Report on sanitation, dispensaries, and jails in Rajputana for 1916, and on vaccination for the year 1916-1917 - 1916-1917
Year: 1916
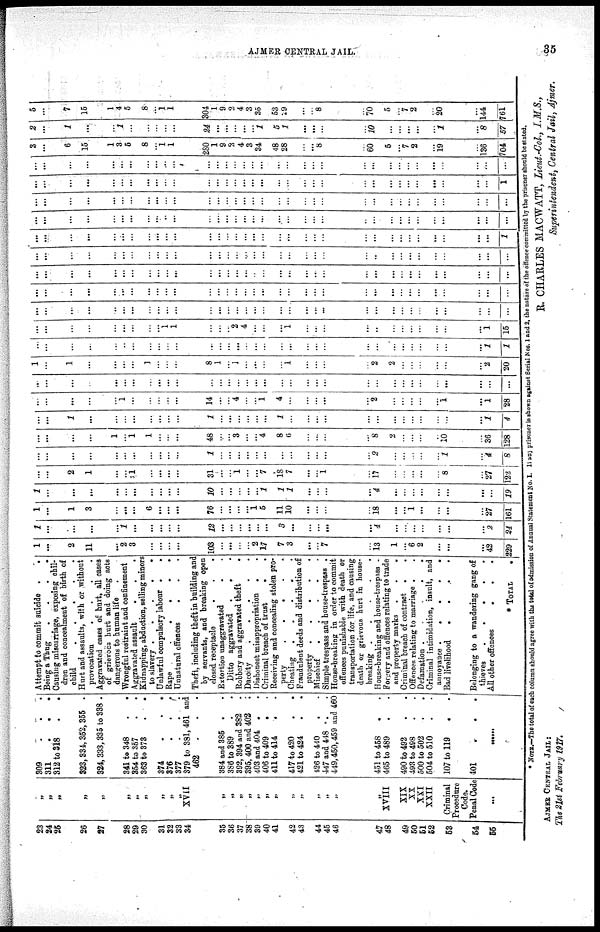
AJMER CENTRAL JAIL.
35
23
24
25
26
27
28
29
30
31
32
33
34
35
36
37
38
39
40
41
42
43
44
45
46
47
48
49
50
51
52
53
54
55
„
„
„
„
„
„
„
„
„
„
„
XVII
„
„
„
„
„ „
„
„
„
„
„
„
„
XVIII
XIX
XX
XXI
XXII
Criminal
Procedure
Code.
Penal Code
...
309
.
.
.
311
.
.
.
312 to 318
.
.
323, 334, 352, 355 .
324, 333, 335 to 338 .
341 to 348 . .
354 to 357 . .
363 to 373 . .
374
.
.
.
376
.
.
.
377
.
.
.
379 to 381, 461 and
462
.
.
.
384 and 385 . .
386 to 389 . .
392, 394 and 382 .
395, 400 and 402
..
403 and 404 . .
406 to 409 . .
411 to 414 . .
417 to 420 . .
421 to 424
426 to 440 . .
447 and 448 . .
449, 450, 459 and 460
451 to 458 . .
465 to 489 . .
490 to 492 . .
493 to 498 . .
500 to 502 . .
504 to 510 . .
107 to 119 . .
401
.
.
.
......
Attempt to commit suicide .
.
Being a Thug
.
.
.
.
Causing miscarriage, exposing chil-
dren and concealment of birth of
child
Hurt and assaults, with or without
provocation
.
.
.
.
Aggravated cases of hurt, all cases
of grievoes hurt and doing acts
dangerous to human life
.
Wrongful restraint and confinement
Aggravated assault
.
. .
Kidnapping, abduction, selling minors
to slavery
.
. . . .
Unlawful compulsory labour .
.
Rape . . .
.
.
Unnatural offences
.
.
.
Theft, including theft in building and
by servants, and breaking open
closed, receptacle . . .
Extortion unaggravated . .
Ditto aggravated
.
.
Robbery and aggravated theft
.
Dacoity
Dishonest misappropriation
. .
Criminal breach of trust . .
Receiving and concealing stolen pro-
perty . . . . .
Cheating
.
.
.
.
Fraudulent deeds and distribution of
property
Mischief
.
.
.
.
.
Simple trespass and house-trespass .
House-breaking in order to commit
offences punishable with death or
transportation for life, and causing
death or grievous hurt in house-
breaking .
.
.
.
.
House-breaking and house-trespass .
Forgery and offences relating to trade
and property marks . . .
Criminal breach of contract . .
Offences relating to marriage . .
Defamation .
.
.
. .
Criminal intimidation, insult, and
annoyance
Bad livelihood
.
.
.
.
Belonging to a wandering gang of
thieves
All other offences
.
.
.
TOTAL
.
1
...
2
11
...
2
3
...
...
...
...
103
...
...
...
...
2
17
7
3
...
...
7
...
13
1
...
6
2
...
...
...
42
229
1
...
...
...
...
1
...
...
...
...
...
12
...
...
...
...
...
...
3
...
...
...
...
...
4
...
...
...
...
...
...
...
2
24
l
...
1
3
...
...
...
6
...
...
...
76
...
...
...
...
1 5
11
10
...
...
...
...
18
...
...
1
...
...
...
...
27
161
1
...
...
...
...
...
...
...
...
...
...
10
...
...
...
...
... 1
1
1
...
...
...
...
4
...
...
...
...
...
...
...
...
19
...
...
2
1
...
...
1
...
...
...
...
31
...
...
1
...
... 7
18
7
...
...
1
...
17
...
...
...
...
...
8
...
27
122
...
...
...
...
...
...
...
...
...
...
...
1
...
...
...
...
...
...
...
...
...
...
...
...
2
...
...
...
...
...
1
...
4
8
...
...
...
...
1
...
1
1
...
...
...
48
...
...
3
...
... 4
8
8
...
...
...
...
8
2
...
...
...
...
10
...
36
128
...
...
1
...
...
...
...
...
...
...
...
1
...
...
...
...
...
...
1
1
...
...
...
...
...
...
...
...
...
...
...
...
1
4
...
...
...
...
...
1
...
...
...
...
...
14
...
...
4
...
... 1
4
4
...
...
...
...
2
...
...
...
...
...
1
...
1
28
...
...
...
...
...
...
...
...
...
...
...
...
...
...
...
...
...
...
...
...
...
...
...
...
...
...
...
...
...
...
...
...
...
...
1
...
1
...
...
...
...
1
...
...
...
8
1
...
1
...
...
...
1
1
...
...
...
...
2
2
...
...
...
...
...
...
2
20
...
...
...
...
...
...
...
...
...
...
...
...
...
...
...
...
...
...
...
...
...
...
...
...
...
...
...
...
...
...
...
...
1
1
...
...
...
...
...
...
...
...
...
1
1
...
...
...
2
4
...
...
1
1
...
...
...
...
...
...
...
...
...
...
...
...
1
15
...
...
...
...
...
...
...
...
...
...
...
...
...
...
...
...
...
...
...
...
...
...
...
...
...
...
...
...
...
...
...
...
...
...
...
...
...
...
...
...
...
...
...
...
...
...
...
...
...
...
...
...
...
...
...
...
...
...
...
...
...
...
...
...
...
...
...
...
...
...
...
...
...
...
...
...
...
...
...
...
...
...
...
...
...
...
...
...
...
...
...
...
...
...
...
...
...
...
...
...
...
...
...
...
...
...
...
...
...
...
...
...
...
...
...
...
...
...
...
...
...
...
...
...
...
...
...
...
...
...
...
...
...
...
...
...
...
...
...
...
...
...
...
...
...
...
...
...
...
...
...
...
...
...
...
...
...
...
...
...
...
...
...
...
...
...
...
...
...
...
...
...
...
...
...
...
...
...
...
...
...
...
...
...
...
...
...
...
...
...
...
...
...
...
...
...
...
...
...
...
...
...
...
...
...
...
...
...
...
...
...
...
...
...
...
...
...
...
...
...
...
...
...
...
...
...
...
...
...
...
...
...
...
...
...
...
...
...
...
...
...
...
...
...
...
...
...
...
...
...
...
...
...
...
...
...
...
...
...
...
...
...
...
...
...
...
...
...
...
...
...
...
...
...
...
...
...
...
...
...
...
...
...
...
...
...
...
...
...
...
...
...
...
...
...
...
...
...
...
...
...
...
...
...
...
...
3
...
6
15
1
3
5
8
...
1
1
280
1
9
2
4
3
34
48
28
...
...
8
...
60
5
...
7
2
...
19
...
136
704
2
...
1
...
...
1
...
...
...
...
...
24
...
...
...
...
...
1
5
1
...
...
...
...
10
...
...
...
...
...
1
...
8
57
5
...
7
15
1
4
5
8
...
1
1
304
1
9
2
4
3
35
53
29
...
...
8
...
70
5
...
7
2
...
20
...
144
761
* NOTE.—The total of each column should agree with the total of admission of Annual Statement No. I. If any prisoner is shown against Serial Nos. 1 and 2, the nature of the offence committed by the prisoner should be stated.
R. CHARLES MACWATT, Lieut.-Col., I. M.S.,
Superintendent, Central Jail, Ajmer.
AJMER CENRTAL JAIL:
The 21st February 1917.